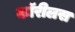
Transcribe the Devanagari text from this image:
कॉरीलस